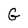
Character: G